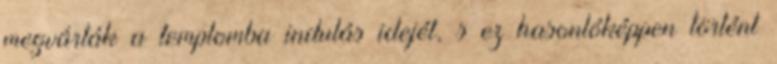
megvárták a templomba indulás idejét, s ez hasonlóképpen történt